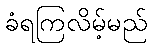
ခံရကြလိမ့်မည်